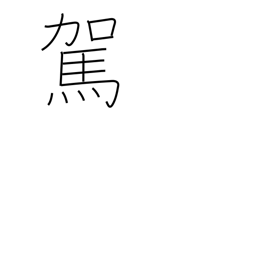
Meaning: hitch up an animal